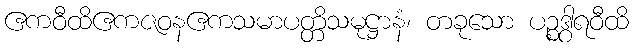
ဧကဝီထိဧကဇဝနဧကသမာပတ္တိသမုဋ္ဌာနံ၊ တခုသော ပဉ္စဒွါရဝီထိ